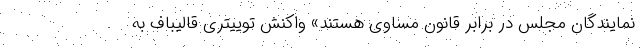
نمایندگان مجلس در برابر قانون مساوی هستند» واکنش توییتری قالیباف به